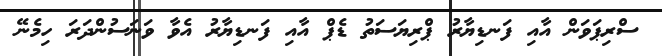
ސްރިޕަަވަން އާއި ފަނޑިޔާރު ޕްރިޔަސަތު ޑެޕް އާއި ފަނޑިޔާރު އެވާ ވަނަސުންދަރަ ހިމެނޭ